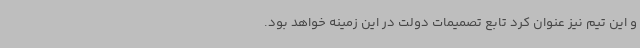
و این تیم نیز عنوان کرد تابع تصمیمات دولت در این زمینه خواهد بود.